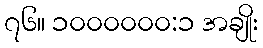
၇၆။ ၁၀၀၀၀၀၀:၁ အချိုး